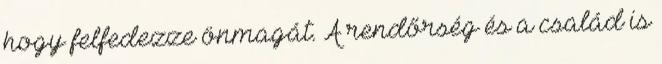
hogy felfedezze önmagát. A rendőrség és a család is